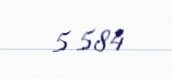
5 584